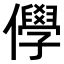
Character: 𠐮